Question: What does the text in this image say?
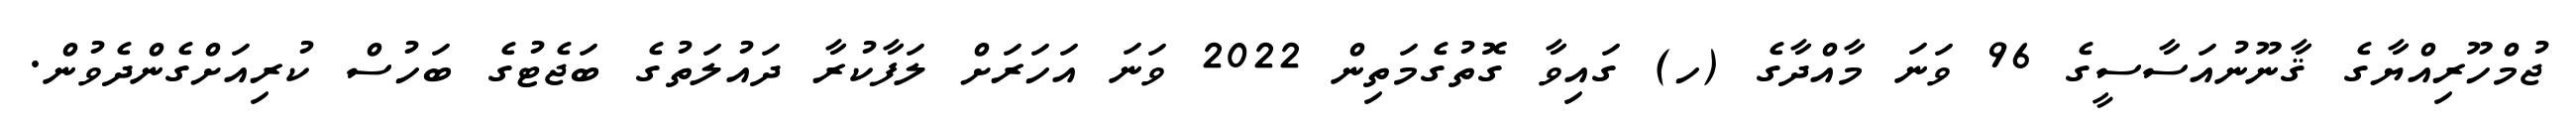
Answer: ޖުމްހޫރިއްޔާގެ ޤާނޫނުއަސާސީގެ 96 ވަނަ މާއްދާގެ (ހ) ގައިވާ ގޮތުގެމަތިން 2022 ވަނަ އަހަރަށް ލަފާކުރާ ދައުލަތުގެ ބަޖެޓުގެ ބަހުސް ކުރިއަށްގެންދެވުން.